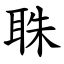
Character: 䎷